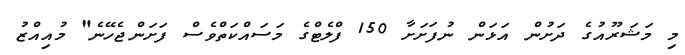
މި މަޝަރޫއުގެ ދަށުން އަޅަން ނުފަށަށާ 150 ފްލެޓްގެ މަސައްކަތްވެސް ފަށަންޖެހޭނެ" މުއިއްޒު